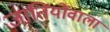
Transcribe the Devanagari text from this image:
जातियोंवाला